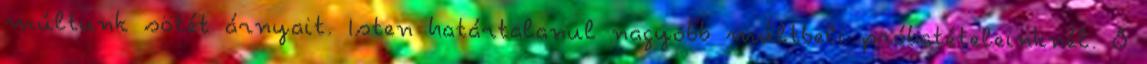
múltunk sötét árnyait. Isten határtalanul nagyobb múltbeli próbatételeinknél. Ő